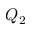
Q _ { 2 }